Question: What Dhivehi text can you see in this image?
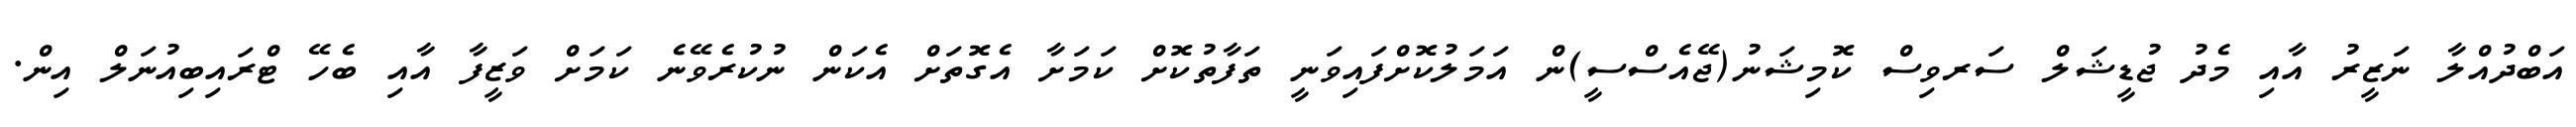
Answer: އަބްދުއްލާ ނަޒީރު އާއި މެދު ޖުޑީޝަލް ސަރވިސް ކޮމިޝަނު(ޖޭއެސްސީ)ން އަމަލުކޮށްފައިވަނީ ތަފާތުކޮށް ކަމަށާ އެގޮތަށް އެކަން ނުކުރެވޭނެ ކަމަށް ވަޒީފާ އާއި ބެހޭ ޓްރައިބިއުނަލް އިން.